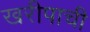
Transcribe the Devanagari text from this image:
खरीपाची